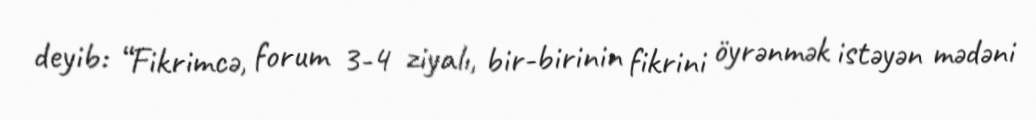
deyib: “Fikrimcə, forum 3-4 ziyalı, bir-birinin fikrini öyrənmək istəyən mədəni